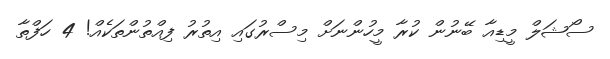
ސޯޝަލް މީޑިއާ ބޭނުން ކުރާ މީހުންނަށް މިސްރުގައި އިތުރު ފިއްތުންތަކެއް! 4 ހަފްތާ